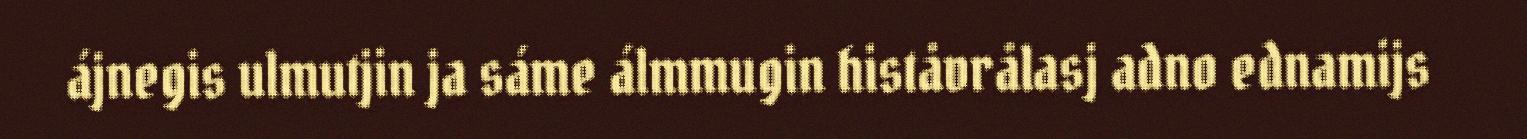
ájnegis ulmutjin ja sáme álmmugin histåvrålasj adno ednamijs